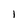
Character: l